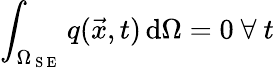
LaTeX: \int_{\Omega_{\mathrm{~S~E~}}}q(\vec{x},t)\, \mathrm{d}\Omega=0\ \forall\ t